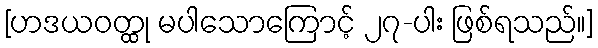
[ဟဒယဝတ္ထု မပါသောကြောင့် ၂၇-ပါး ဖြစ်ရသည်။]